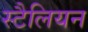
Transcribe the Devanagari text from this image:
स्टैलियन